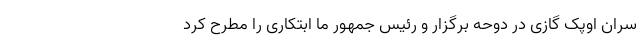
سران اوپک گازی در دوحه برگزار و رئیس جمهور ما ابتکاری را مطرح کرد